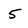
Character: 5